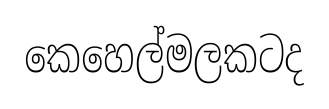
කෙහෙල්මලකටද